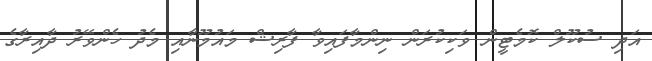
އަދި ސުކޫލް ކޮމެޓީން ވަކިކުރަން ނިންމާފައިވާ ފާރިޝް މައުމޫނާއި މެދު ހެންވޭރު ދާއިރާގެ